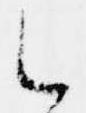
候